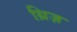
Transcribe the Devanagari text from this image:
थ्रिज़